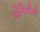
પોલિસીની